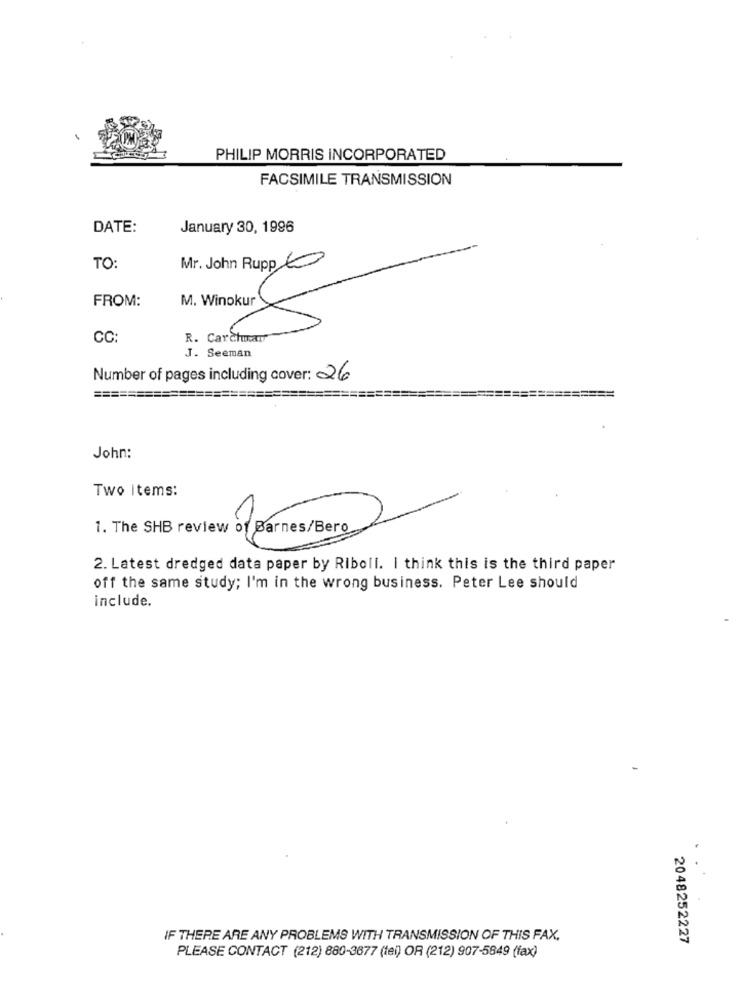
PHILIP MORRIS INCORPORATED
FACSIMILE TRANSMISSION
DATE:
January 30, 1996
TO:
Mr. John Rupp 60
FROM:
CC:
R. Carchar
8
J. Seeman
Number of pages including cover: 26
John:
Two items:
1. The SHB review of Barnes/Bero
2. Latest dredged data paper by Riboll. I think this is the third paper
off the same study; I'm in the wrong business. Peter Lee should
include.
IF THERE ARE ANY PROBLEMS WITH TRANSMISSION OF THIS FAX.
2048252227
PLEASE CONTACT (212) 880-3677 (tel) OR (212) 907-5849 (fax)